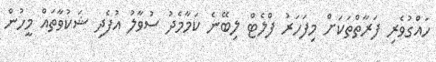
ހައްގުވެރި ފަރާތްތަކަށް މިފަހަރު ފްލެޓް ލިބޭނެ ކަމާމެދު ސުވާލު އުފެދި ޝަކުވާތައް މީހުން